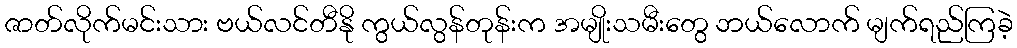
ဇာတ်လိုက်မင်းသား ဗယ်လင်တီနို ကွယ်လွန်တုန်းက အမျိုးသမီးတွေ ဘယ်လောက် မျက်ရည်ကြခဲ့